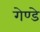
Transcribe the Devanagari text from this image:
गेण्डे